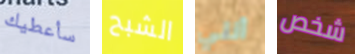
سأعطيك الشبح أنني شخص